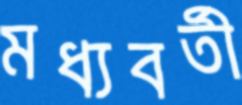
মধ্যবর্তী